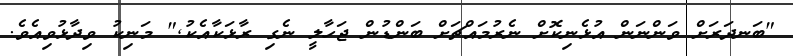
"ބަނދަރަށް ވަންނަން އުޅެނިކޮށް ނެރުމައްޗަށް ބަންޑުން ޖަހާލީ ނެގި ރާޅަކާއެކު